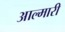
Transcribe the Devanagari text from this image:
आल्मारी